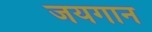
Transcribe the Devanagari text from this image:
जयगान